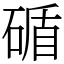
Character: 碷